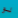
لو